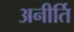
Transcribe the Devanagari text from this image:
अनीर्ति